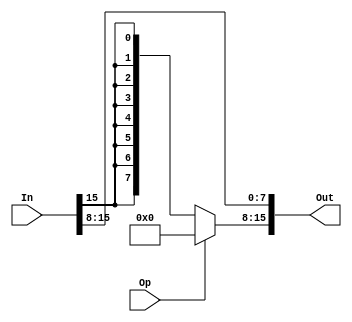
/*
    shift/rotate the input to the right by eight bits
    Op is 1, shift
    Op is 0, rotate
 */
module rght_shifter_8 (In, Op, Out);
    parameter   N = 16;
   	parameter	  B = 8;

   	input[N-1:0]    In;
   	input			      Op;
   	output[N-1:0]   Out;

   	// B bits of 0
   	wire[B-1:0] b0 = {B{1'b0}};
    // shift/rotate the input by B bits
    assign Out = {Op ? b0 : {B{In[N-1]}}, In[N-1:B]};
endmodule